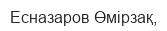
Есназаров Өмірзақ,